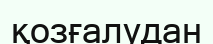
қозғалудан